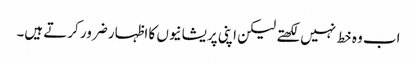
اب وہ خط نہیں لکھتے لیکن اپنی پریشانیوں کا اظہار ضرور کرتے ہیں۔